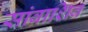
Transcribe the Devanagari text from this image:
सांबाशिव